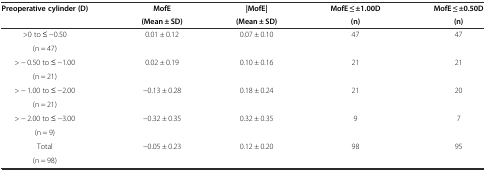
<table><thead><tr><td rowspan="2"><b>Preoperative cylinder (D)</b></td><td><b>MofE</b></td><td><b>|MofE|</b></td><td><b>MofE ≤ ±1.00D</b></td><td><b>MofE ≤ ±0.50D</b></td></tr><tr><td><b>(Mean ± SD)</b></td><td><b>(Mean ± SD)</b></td><td><b>(n)</b></td><td><b>(n)</b></td></tr></thead><tbody><tr><td>&gt;0 to ≤ -0.50</td><td rowspan="2">0.01 ± 0.12</td><td rowspan="2">0.07 ± 0.10</td><td rowspan="2">47</td><td rowspan="2">47</td></tr><tr><td>(n = 47)</td></tr><tr><td>&gt; - 0.50 to ≤ -1.00</td><td rowspan="2">0.02 ± 0.19</td><td rowspan="2">0.10 ± 0.16</td><td rowspan="2">21</td><td rowspan="2">21</td></tr><tr><td>(n = 21)</td></tr><tr><td>&gt; - 1.00 to ≤ -2.00</td><td rowspan="2">-0.13 ± 0.28</td><td rowspan="2">0.18 ± 0.24</td><td rowspan="2">21</td><td rowspan="2">20</td></tr><tr><td>(n = 21)</td></tr><tr><td>&gt; - 2.00 to ≤ -3.00</td><td rowspan="2">-0.32 ± 0.35</td><td rowspan="2">0.32 ± 0.35</td><td rowspan="2">9</td><td rowspan="2">7</td></tr><tr><td>(n = 9)</td></tr><tr><td>Total</td><td rowspan="2">-0.05 ± 0.23</td><td rowspan="2">0.12 ± 0.20</td><td rowspan="2">98</td><td rowspan="2">95</td></tr><tr><td>(n = 98)</td></tr></tbody></table>